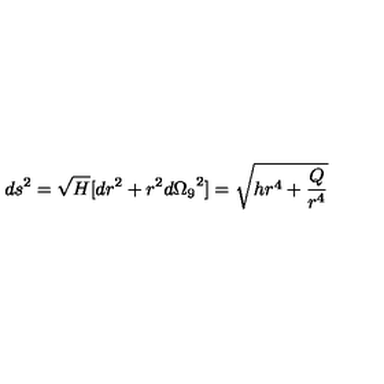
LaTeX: d s ^ { 2 } = \sqrt { H } [ d r ^ { 2 } + r ^ { 2 } { d \Omega _ { 9 } } ^ { 2 } ] = \sqrt { h r ^ { 4 } + \frac { Q } { r ^ { 4 } } }